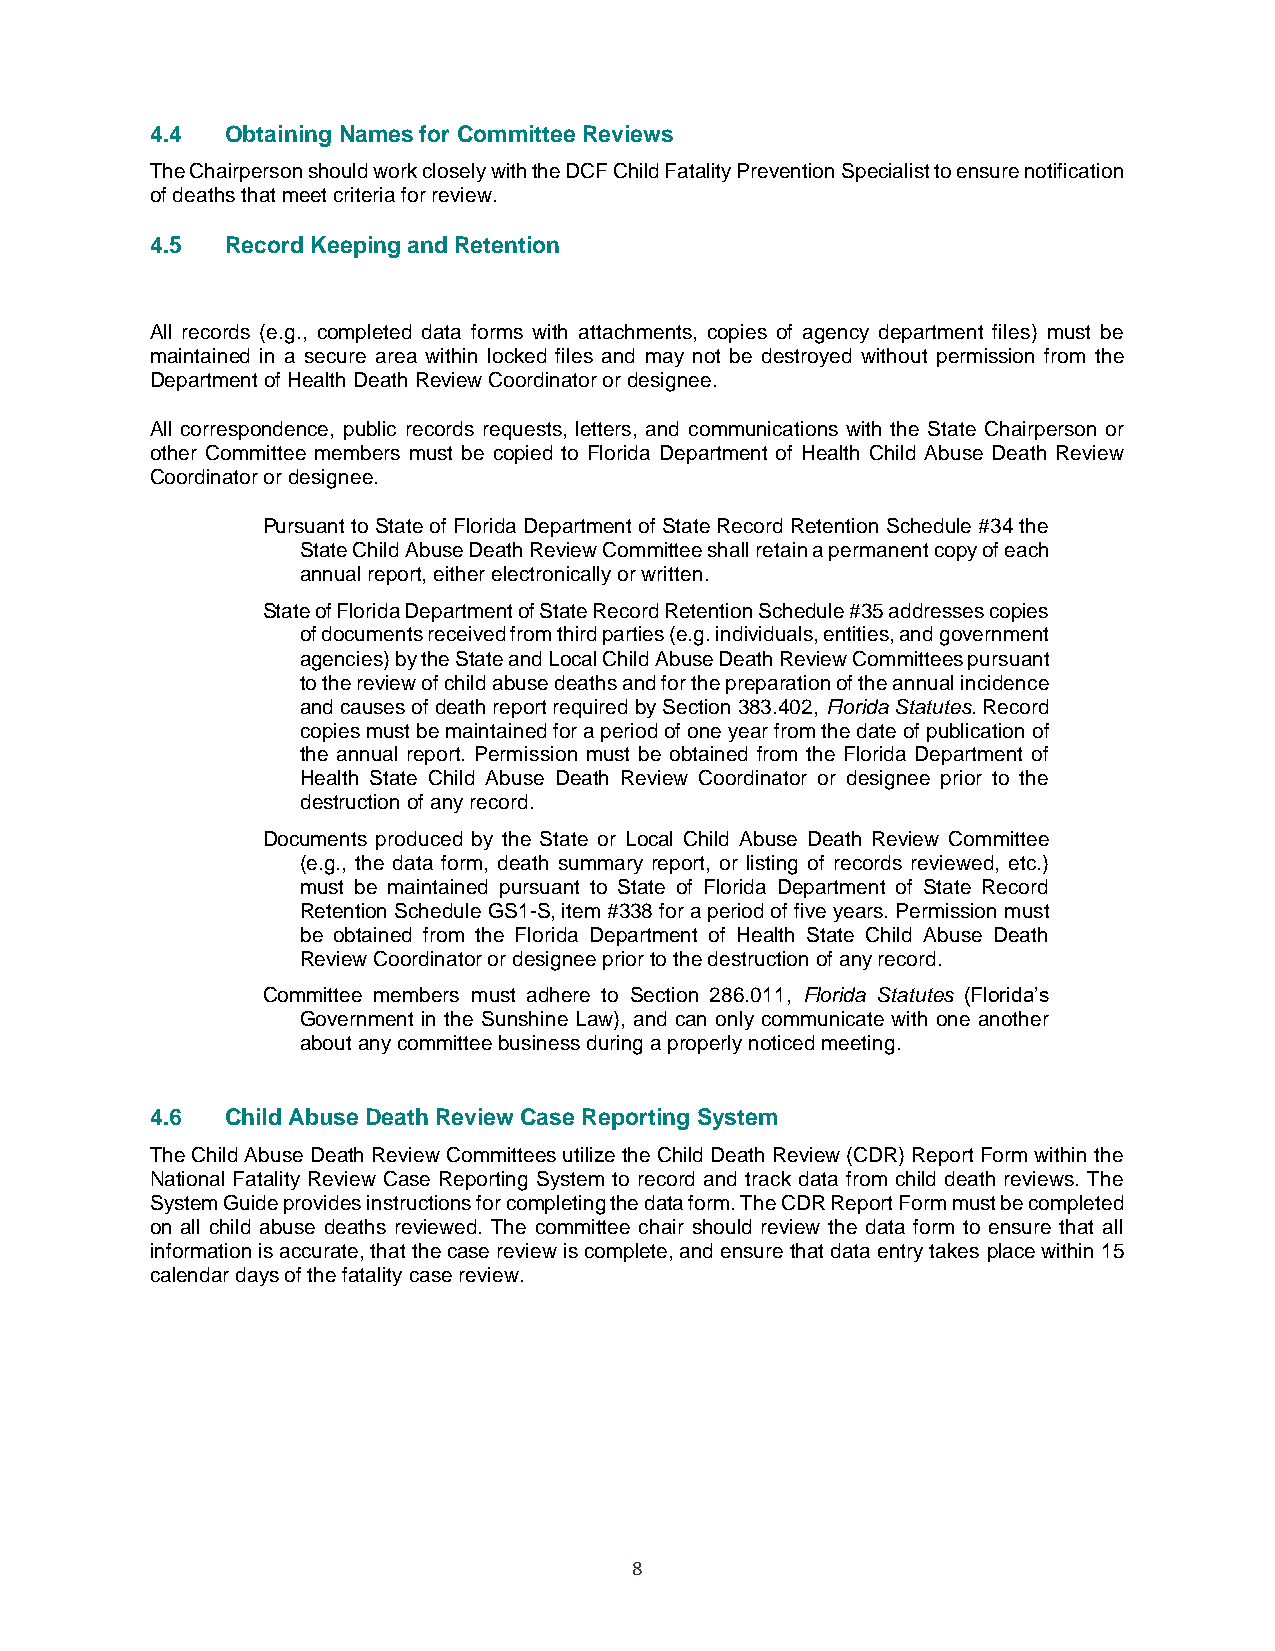
4.4  Obtaining Names for Committee Reviews
 The Chairperson should work closely with the DCF Child Fatality Prevention Specialist to ensure notification
 of deaths that meet criteria for review.
 4.5  Record Keeping and Retention
 All records (e.g., completed data forms with attachments, copies of agency department files) must be
 maintained in a secure area within locked files and may not be destroyed without permission from the
 Department of Health Death Review Coordinator or designee.
 All correspondence, public records requests, letters, and communications with the State Chairperson or
 other Committee members must be copied to Florida Department of Health Child Abuse Death Review
 Coordinator or designee.
 Pursuant to State of Florida Department of State Record Retention Schedule #34 the
 State Child Abuse Death Review Committee shall retain a permanent copy of each
 annual report, either electronically or written.
 State of Florida Department of State Record Retention Schedule #35 addresses copies
 of documents received from third parties (e.g. individuals, entities, and government
 agencies) by the State and Local Child Abuse Death Review Committees pursuant
 to the review of child abuse deaths and for the preparation of the annual incidence
 and causes of death report required by Section 383.402, Florida Statutes. Record
 copies must be maintained for a period of one year from the date of publication of
 the annual report. Permission must be obtained from the Florida Department of
 Health State Child Abuse Death Review Coordinator or designee prior to the
 destruction of any record.
 Documents produced by the State or Local Child Abuse Death Review Committee
 (e.g., the data form, death summary report, or listing of records reviewed, etc.)
 must be maintained pursuant to State of Florida Department of State Record
 Retention Schedule GS1-S, item #338 for a period of five years. Permission must
 be obtained from the Florida Department of Health State Child Abuse Death
 Review Coordinator or designee prior to the destruction of any record.
 Committee members must adhere to Section 286.011, Florida Statutes (Florida’s
 Government in the Sunshine Law), and can only communicate with one another
 about any committee business during a properly noticed meeting.
 4.6  Child Abuse Death Review Case Reporting System
 The Child Abuse Death Review Committees utilize the Child Death Review (CDR) Report Form within the
 National Fatality Review Case Reporting System to record and track data from child death reviews. The
 System Guide provides instructions for completing the data form. The CDR Report Form must be completed
 on all child abuse deaths reviewed. The committee chair should review the data form to ensure that all
 information is accurate, that the case review is complete, and ensure that data entry takes place within 15
 calendar days of the fatality case review.
 8